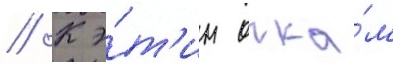
// К э́т'им очка́м